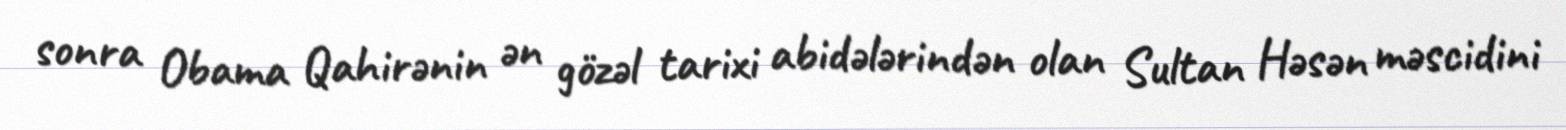
sonra Obama Qahirənin ən gözəl tarixi abidələrindən olan Sultan Həsən məscidini